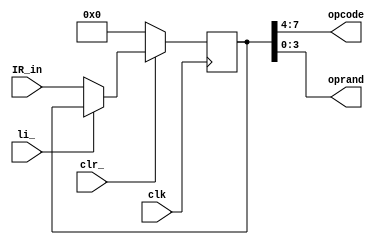
// This program was cloned from: https://github.com/lnis-uofu/OpenFPGA
// License: MIT License

module IR(
	output [7:4] opcode,
	output [3:0] oprand,
	input wire [7:0] IR_in,
	input li_,
	input clk,
	input clr_
	);
	
	reg [7:0] q;

	always @(posedge clk)
	begin
		if(~clr_) q <=8'b0;
		else if(~li_) q <= IR_in;
	end
	
	assign opcode = q[7:4];
	assign oprand = q[3:0];

endmodule